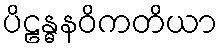
ပိဠန္ဓနဝိကတိယာ